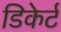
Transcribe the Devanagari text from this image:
डिकेर्ट